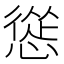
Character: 慫